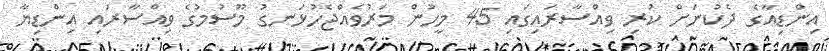
އިންޑިއާގެ ދެކުނަށް ކުރި ވިއްސާރައިގައި 45 މީހުން މަރުވެއްޖެހުޅަނގު މޫސުމުގެ ވިއްސާރައި އިންޑިޔާ